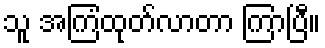
သူ အကြံထုတ်လာတာ ကြာပြီ။